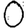
Digit: 0